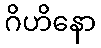
ဂိဟိနော